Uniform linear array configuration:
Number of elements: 16
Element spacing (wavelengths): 0.75
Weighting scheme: hamming
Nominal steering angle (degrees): -30
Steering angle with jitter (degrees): -31.593
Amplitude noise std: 0.05
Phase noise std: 0.05

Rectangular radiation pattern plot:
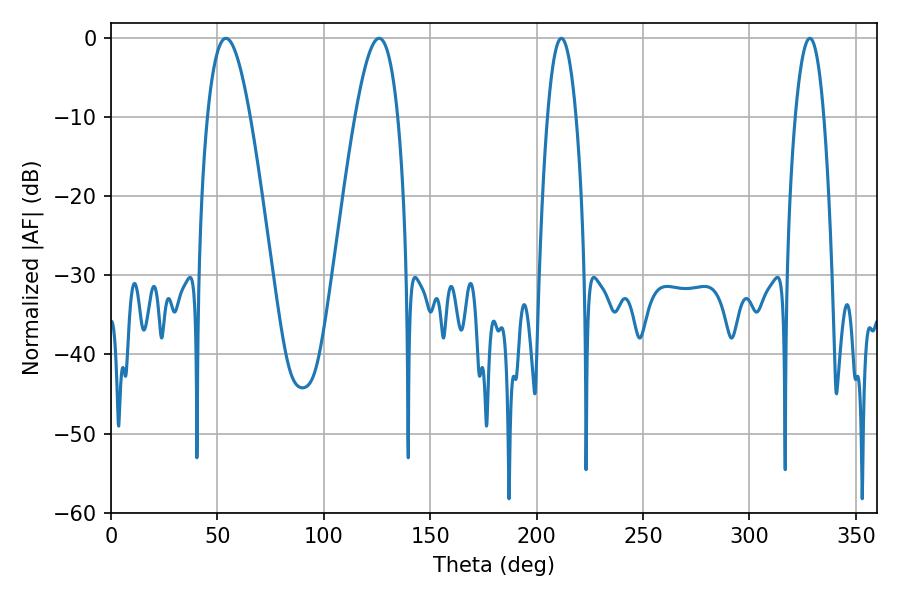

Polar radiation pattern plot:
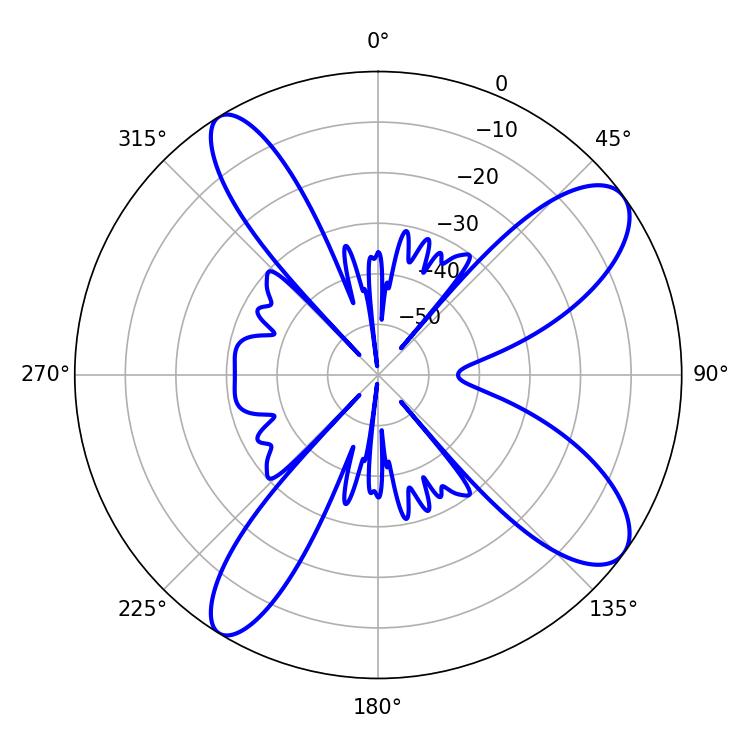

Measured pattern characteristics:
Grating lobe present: TRUE
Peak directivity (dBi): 10.231
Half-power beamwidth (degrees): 10.98
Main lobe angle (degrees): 54